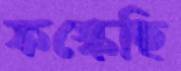
ফস্‌কেছি